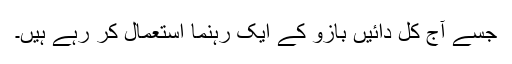
جسے آج کل دائیں بازو کے ایک رہنما استعمال کر رہے ہیں۔